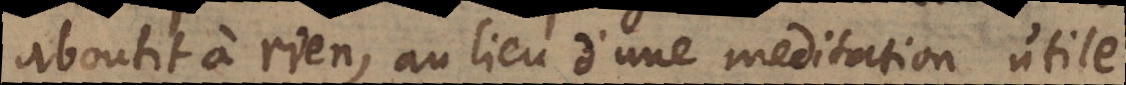
aboutit à rien, au lieu d’une meditation utile.